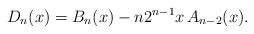
LaTeX: \begin{align*}D_{n}(x)=B_{n}(x)-n2^{n-1}x\,A_{n-2}(x).\end{align*}